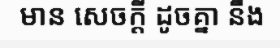
មាន សេចក្តី ដូចគ្នា នឹង